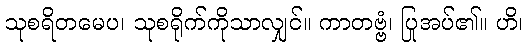
သုစရိတမေပ၊ သုစရိုက်ကိုသာလျှင်။ ကာတဗ္ဗံ၊ ပြုအပ်၏။ ဟိ၊